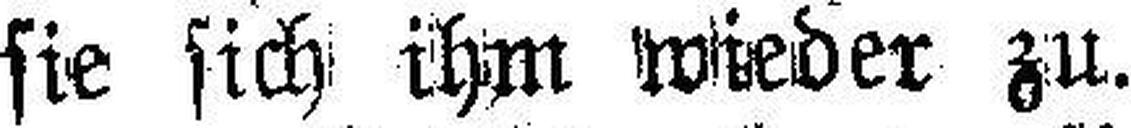
sie sich ihm wieder zu.